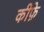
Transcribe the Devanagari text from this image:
कीफ़े